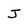
Character: J